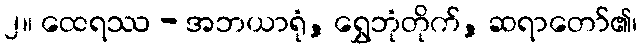
၂။ ထေရဿ - အဘယာရုံ, ရွှေဘုံတိုက်, ဆရာတော်၏၊